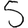
Digit: 5